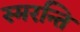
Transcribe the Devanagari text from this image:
स्मरन्ति